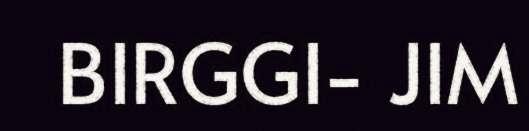
BIRGGI- JIM